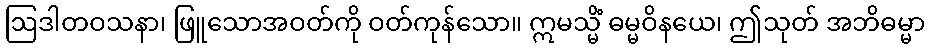
ဩဒါတဝသနာ၊ ဖြူသောအဝတ်ကို ဝတ်ကုန်သော။ ဣမသ္မိံ ဓမ္မဝိနယေ၊ ဤသုတ် အဘိဓမ္မာ